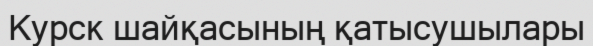
Курск шайқасының қатысушылары